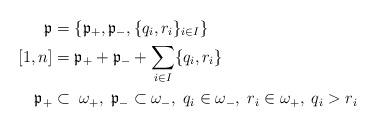
LaTeX: \begin{align*}\mathfrak{p} &= \{\mathfrak{p}_+,\mathfrak{p}_-,\{q_i,r_i\}_{i \in I}\}\\ [1,n] & = \mathfrak{p}_+ +\mathfrak{p}_- + \sum_{ i \in I}\{q_i,r_i\}\\ \mathfrak{p}_+&\subset \;\omega_+,\; \mathfrak{p}_- \subset \omega_-,\;q_ i\in \omega_-,\;r_i\in \omega_+,\;q_i > r_i \end{align*}